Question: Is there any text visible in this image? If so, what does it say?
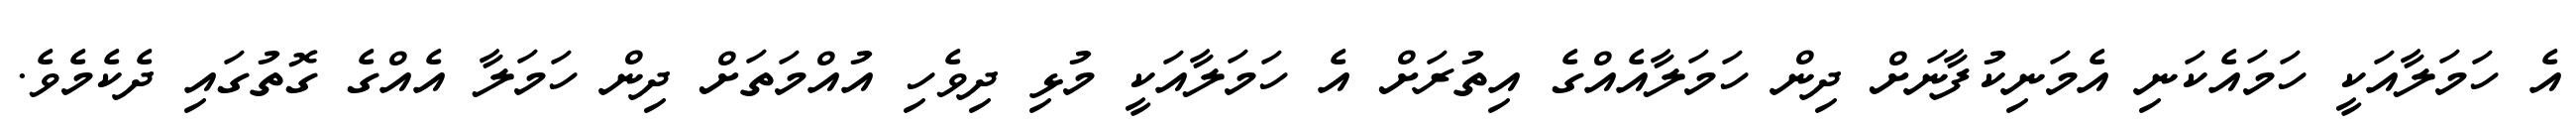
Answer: އެ ހަމަލާއަކީ ހަމައެކަނި އެމަނިކުފާނަށް ދިން ހަމަލާއެއްގެ އިތުރަށް އެ ހަމަލާއަކީ މުޅި ދިވެހި އުއްމަތަށް ދިން ހަމަލާ އެއްގެ ގޮތުގައި ދެކެމެވެ.